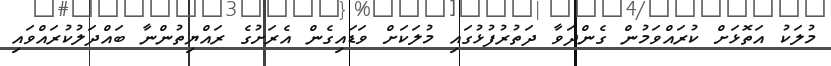
މުލަކު އަތޮޅަށް ކުރައްވަމުން ގެންދަވާ ދަތުރުފުޅުގައި މުލަކަށް ވަޑައިގެން އެރަށުގެ ރައްޔިތުންނާ ބައްދަލުކުރައްވައި